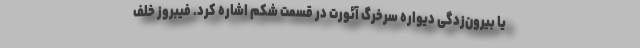
یا بیرون‌زدگی دیواره سرخرگ آئورت در قسمت شکم اشاره کرد. فیبروز خلف